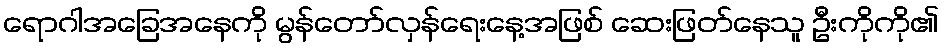
ရောဂါအခြေအနေကို မွန်တော်လှန်ရေးနေ့အဖြစ် ဆေးဖြတ်နေသူ ဦးကိုကို၏